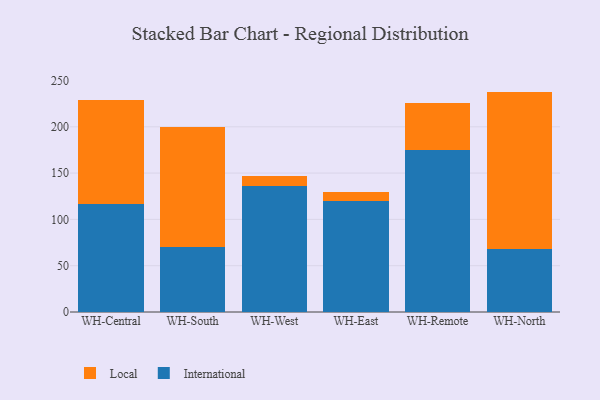
{"axis": {"x": "Warehouse", "y": "Humidity (%)"}, "legend": ["International", "Local"], "data": [{"x": "WH-Central", "y": 116.6, "type": "International"}, {"x": "WH-Central", "y": 111.9, "type": "Local"}, {"x": "WH-South", "y": 69.7, "type": "International"}, {"x": "WH-South", "y": 129.6, "type": "Local"}, {"x": "WH-West", "y": 135.7, "type": "International"}, {"x": "WH-West", "y": 11.2, "type": "Local"}, {"x": "WH-East", "y": 120.0, "type": "International"}, {"x": "WH-East", "y": 9.3, "type": "Local"}, {"x": "WH-Remote", "y": 175.3, "type": "International"}, {"x": "WH-Remote", "y": 50.0, "type": "Local"}, {"x": "WH-North", "y": 67.6, "type": "International"}, {"x": "WH-North", "y": 170.4, "type": "Local"}]}